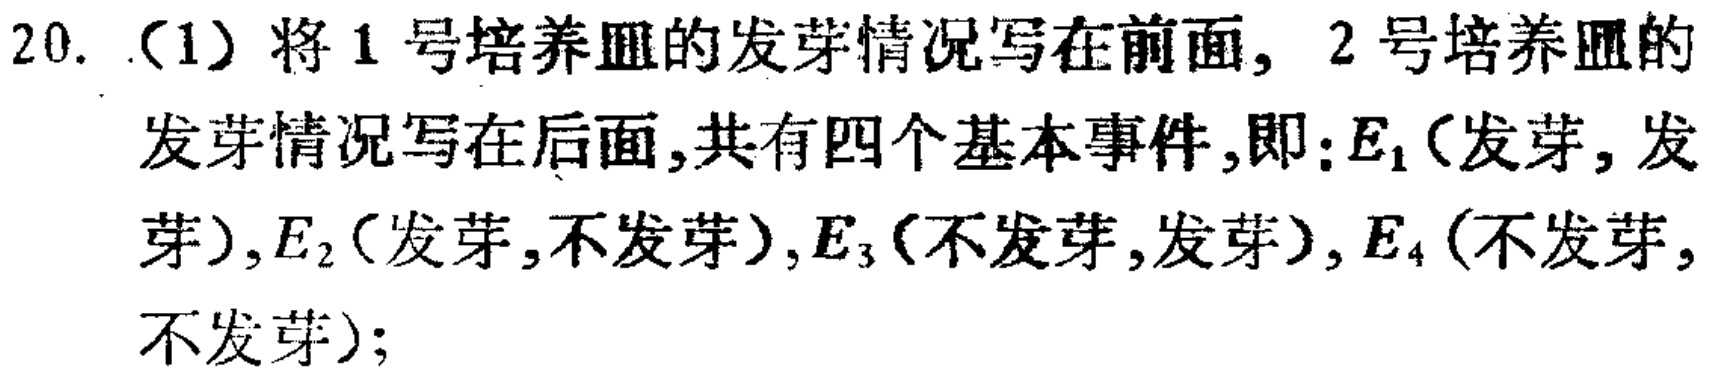
20. （1）将1号培养皿的发芽情况写在前面，2号培养皿的发芽情况写在后面，共有四个基本事件，即：\(E_1\)（发芽，发芽），\(E_2\)（发芽，不发芽），\(E_3\)（不发芽，发芽），\(E_4\)（不发芽，不发芽）；